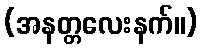
(အနတ္တလေးနက်။)